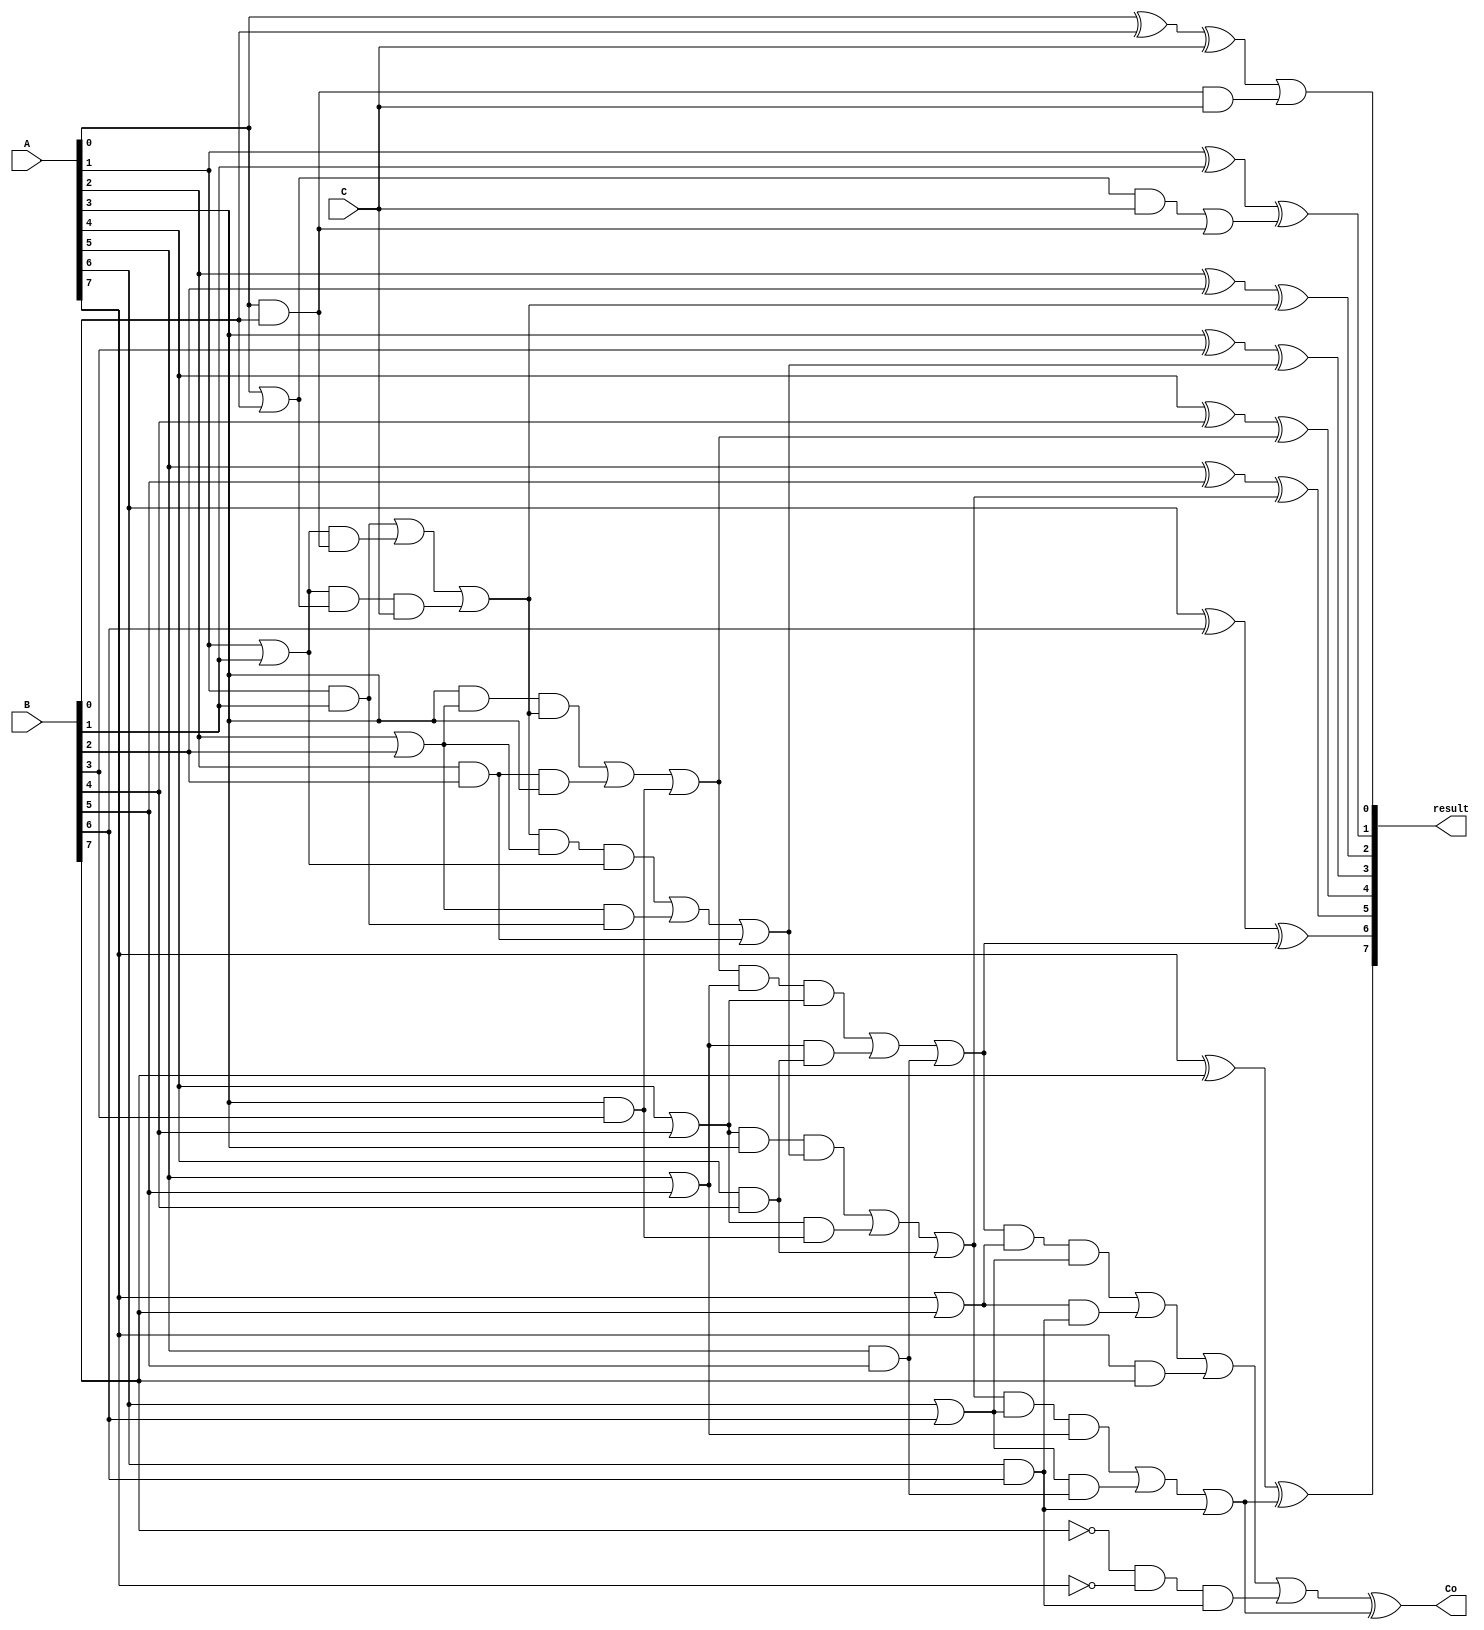
module eight_bit_CLA_2(A, B, C, Co, result);
	input [7:0] A, B;
	input C;
	output [7:0] result;
	output Co;
	wire w0, w1, w2, w3, w4, w5, w6, w7, w8, w9, w10, w11, w12, w13, w14, w15, w16, w17, w18, w19, w20, w21, w22, w23, w24, w25, w26, w27, w28, w29, w30, w31, w32, w33, w34, w35, w36, w37, w38, w39, w40, w41, w42;

	or p0(w1, A[0], B[0]);
	and g0(w2, A[0], B[0]);
	and p0C(w3, w1, C);
	xor t(w0, A[0], B[0], C);
	and extra(w39, A[0], B[0], C);
	or S0(result[0], w0, w39);
	or C1(w4, w3, w2);

	or p1(w5, A[1], B[1]);
	and g1(w6, A[1], B[1]);
	and p1p0g0(w7, w5, w1, C);
	and p1g0(w8, w5, w2);
	xor S1(result[1], A[1], B[1], w4);
	or C2(w9, w6, w8, w7);

	or p2(w10, A[2], B[2]);
	and g2(w11, A[2], B[2]);
	and p2g1(w12, w10, w6);
	and p2p1C1(w13, w9, w10, w5);
	xor S2(result[2], A[2], B[2], w9);
	or C3(w14, w13, w12, w11);

	or p3(w15, A[3], A[3]);
	and g3(w16, A[3], B[3]);
	and p3g2(w17, w11, w15);
	and p3p2C2(w18, w15, w10, w9);
	xor S3(result[3], A[3], B[3], w14);
	or C4(w19, w18, w17, w16);

	or p4(w20, A[4], B[4]);
	and g4(w21, A[4], B[4]);
	and p4g3(w22, w20, w16);
	and p4p3C3(w23, w20, w15, w14);
	xor S4(result[4], A[4], B[4], w19);
	or C5(w24, w23, w22, w21);

	or p5(w25, A[5], B[5]);
	and g5(w26, A[5], B[5]);
	and p5g4(w27, w25, w21);
	and p5p4C4(w28, w19, w25, w20);
	xor S5(result[5], A[5], B[5], w24);
	or C6(w29, w28, w27, w26);

	or p6(w30, A[6], B[6]);
	and g6(w31, A[6], B[6]);
	and p6g5(w32, w30, w26);
	and p6p5C5(w33, w24, w30, w25);
	xor S6(result[6], A[6], B[6], w29);
	or C7(w34, w33, w32, w31);

	or p7(w35, A[7], B[7]);
	and g7(w36, A[7], B[7]);
	and p7g6(w37, w35, w31);
	and p7p6C6(w38, w29, w35, w30);
	xor S7(result[7], A[7], B[7], w34);
	not n1(w40, A[7]);
	not n12(w41, B[7]);
	and mem(w42, w41, w40, w31);
	or Co(w43, w38, w37, w36, w42);
	xor Coo(Co, w43, w34);
endmodule